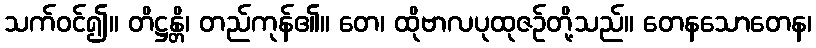
သက်ဝင်၍။ တိဋ္ဌန္တိ၊ တည်ကုန်၏။ တေ၊ ထိုဗာလပုထုဇဉ်တို့သည်။ တေနသောတေန၊